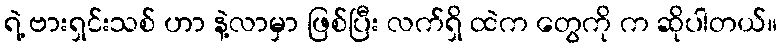
ရဲ့ ဗားရှင်းသစ် ဟာ နဲ့လာမှာ ဖြစ်ပြီး လက်ရှိ ထဲက တွေကို က ဆိုပါတယ်။